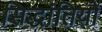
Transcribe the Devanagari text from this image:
सिद्धांतियों